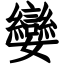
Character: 孌